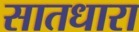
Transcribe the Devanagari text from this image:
सातधारा